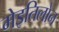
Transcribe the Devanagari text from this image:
मेइतिलोन